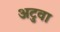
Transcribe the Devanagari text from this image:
अटुवा